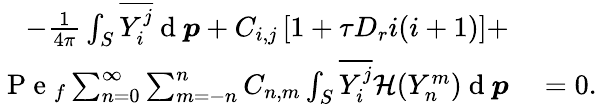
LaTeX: \begin{array}{rl}{-\frac{1}{4\pi}\int_{S}\overline{{Y_{i}^{j}}}\mathrm{~d~}\boldsymbol{p}+C_{i,j}\left[1+\tau D_{r}i(i+1)\right]+}&{{}}\\ {\mathrm{~P~e~}_{f}\sum_{n=0}^{\infty}\sum_{m=-n}^{n}C_{n,m}\int_{S}\overline{{Y_{i}^{j}}}\mathcal{H}(Y_{n}^{m})\mathrm{~d~}\boldsymbol{p}}&{{}=0.}\end{array}